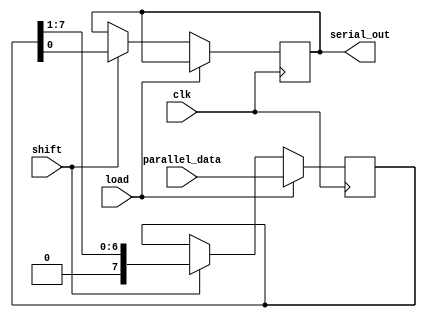
module piso_shift_register #(
    parameter DATA_WIDTH = 8  // Parameter to define the width of the data bus
)(
    input wire clk,
    input wire load,
    input wire shift,
    input wire [DATA_WIDTH-1:0] parallel_data,
    output reg serial_out
);

    // Internal register to hold the data
    reg [DATA_WIDTH-1:0] shift_reg;

    // Sequential logic for loading and shifting
    always @(posedge clk) begin
        if (load) begin
            // Load data in parallel when 'load' signal is high
            shift_reg <= parallel_data;
        end else if (shift) begin
            // Shift data out serially when 'shift' signal is high
            serial_out <= shift_reg[0]; // Output the LSB
            shift_reg <= {1'b0, shift_reg[DATA_WIDTH-1:1]}; // Shift right
        end
    end

endmodule